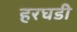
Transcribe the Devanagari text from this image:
हरघडी